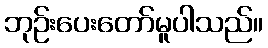
ဘုဉ်းပေးတော်မူပါသည်။